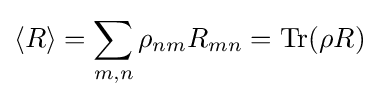
\langle R\rangle =\sum _{m,n}\rho _{nm}R_{mn}=\mathrm {Tr} (\rho R)